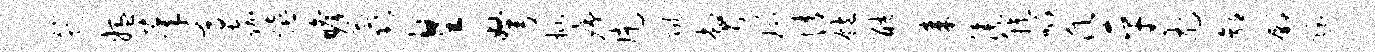
筠媪承尊嘉嬉瞻蕊皇弩批痍片陇瞥瑙情饱酷耒膝簇呱愿平尤郭鄢隐